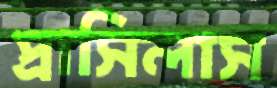
প্রাসিলাস